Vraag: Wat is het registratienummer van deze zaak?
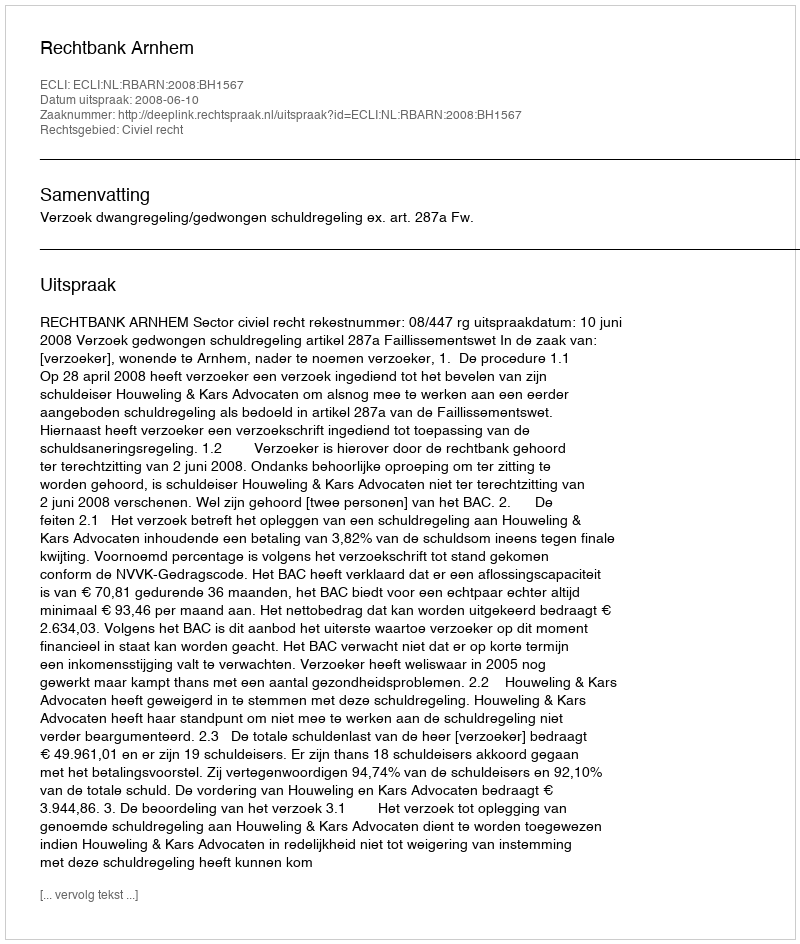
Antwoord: http://deeplink.rechtspraak.nl/uitspraak?id=ECLI:NL:RBARN:2008:BH1567